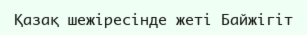
Қазақ шежіресінде жеті Байжігіт